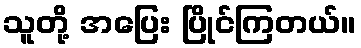
သူတို့ အပြေး ပြိုင်ကြတယ်။